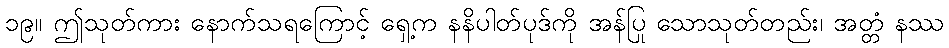
၁၉။ ဤသုတ်ကား နောက်သရကြောင့် ရှေ့က နနိပါတ်ပုဒ်ကို အန်ပြု သောသုတ်တည်း၊ အတ္တံ နဿ